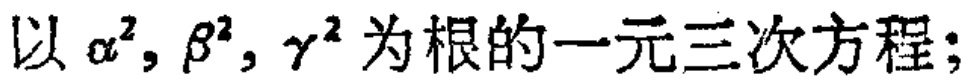
以\(\alpha^{2}, \beta^{2}, \gamma^{2}\)为根的一元三次方程；